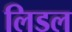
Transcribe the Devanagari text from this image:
लिडल